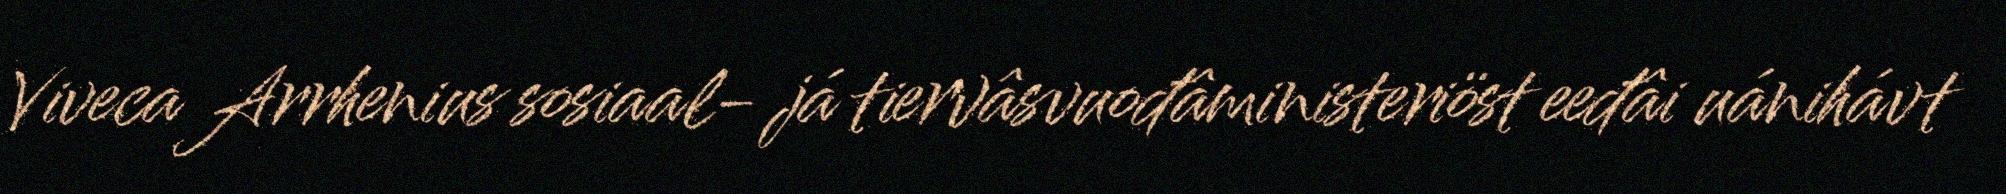
Viveca Arrhenius sosiaal- já tiervâsvuođâministeriöst eeđâi uánihávt